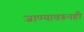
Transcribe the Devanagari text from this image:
जाण्यावरूनही